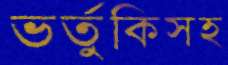
ভর্তুকিসহ